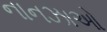
નાનઝાઓ